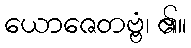
ယောဇေတဗ္ဗံ၊ ၏။